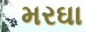
મરઘા